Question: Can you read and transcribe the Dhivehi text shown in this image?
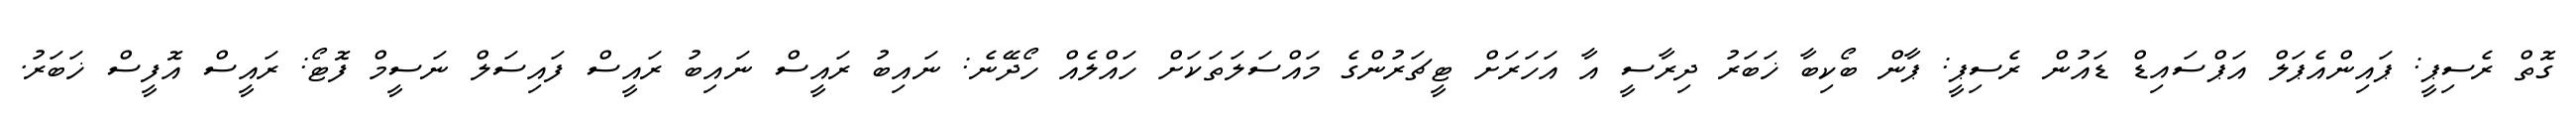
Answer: ގޮތް ރެސިޕީ: ޕައިންއެޕަލް އަޕްސައިޑް ޑައުން ރެސިޕީ: ޕާން ބޯކިބާ ޚަބަރު ދިރާސީ އާ އަހަރަށް ޓީޗަރުންގެ މައްސަލަތަކަށް ހައްލެއް ހޯދޭނެ: ނައިބު ރައީސް ނައިބު ރައީސް ފައިސަލް ނަސީމް ފޮޓޯ: ރައީސް އޮފީސް ޚަބަރު.